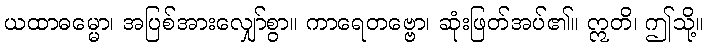
ယထာဓမ္မော၊ အပြစ်အားလျှော်စွာ။ ကာရေတဗ္ဗော၊ ဆုံးဖြတ်အပ်၏။ ဣတိ၊ ဤသို့။